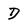
Character: D